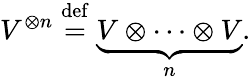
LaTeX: V^{\otimes n}\; {\overset{\mathrm{def}}{=}}\; \underbrace{V\otimes\cdots\otimes V}_{n}.